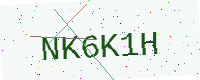
Text: NK6K1H